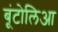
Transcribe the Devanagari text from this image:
बूंटोलिआ